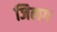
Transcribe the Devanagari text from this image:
जिलग